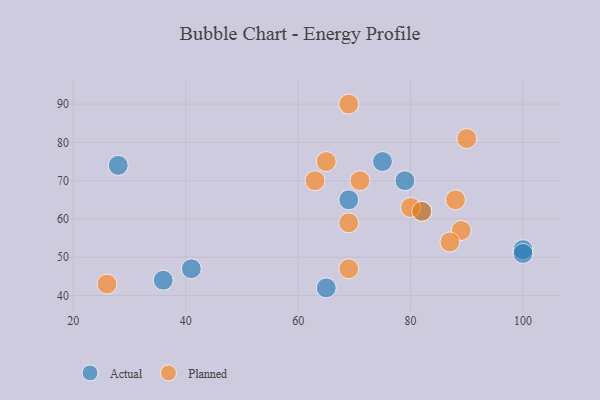
{"axis": {"x": "GDP", "y": "Life Expectancy"}, "legend": ["Actual", "Planned"], "data": [{"x": "28", "y": 74, "type": "Actual"}, {"x": "41", "y": 47, "type": "Actual"}, {"x": "36", "y": 44, "type": "Actual"}, {"x": "79", "y": 70, "type": "Actual"}, {"x": "65", "y": 42, "type": "Actual"}, {"x": "100", "y": 52, "type": "Actual"}, {"x": "75", "y": 75, "type": "Actual"}, {"x": "69", "y": 65, "type": "Actual"}, {"x": "82", "y": 62, "type": "Actual"}, {"x": "100", "y": 51, "type": "Actual"}, {"x": "69", "y": 59, "type": "Planned"}, {"x": "80", "y": 63, "type": "Planned"}, {"x": "89", "y": 57, "type": "Planned"}, {"x": "87", "y": 54, "type": "Planned"}, {"x": "90", "y": 81, "type": "Planned"}, {"x": "65", "y": 75, "type": "Planned"}, {"x": "69", "y": 90, "type": "Planned"}, {"x": "82", "y": 62, "type": "Planned"}, {"x": "69", "y": 47, "type": "Planned"}, {"x": "88", "y": 65, "type": "Planned"}, {"x": "63", "y": 70, "type": "Planned"}, {"x": "71", "y": 70, "type": "Planned"}, {"x": "26", "y": 43, "type": "Planned"}]}